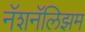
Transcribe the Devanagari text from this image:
नॅशनॅलिझम